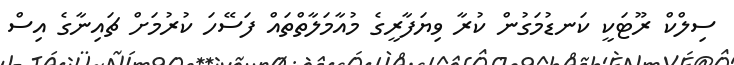
ސިލްކް ރޫޓަކީ ކަނޑުމަގުން ކުރާ ވިޔަފާރީގެ މުއާމަލާތްތައް ފަސޭހަ ކުރުމަށް ޗައިނާގެ އިސް